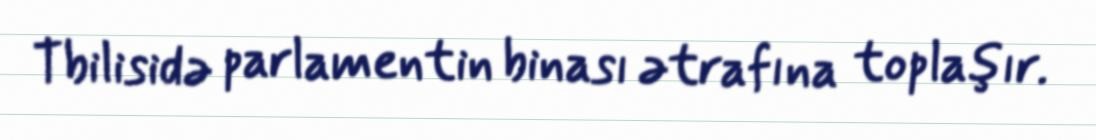
Tbilisidə parlamentin binası ətrafına toplaşır.